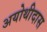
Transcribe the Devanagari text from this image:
अयोथीदास